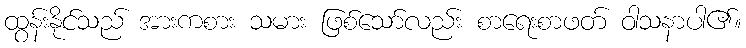
ထွန်းနိုင်သည် အားကစား သမား ဖြစ်သော်လည်း စာရေးစာဖတ် ဝါသနာပါ၏။